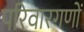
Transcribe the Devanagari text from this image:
परिवारगणों